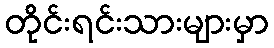
တိုင်းရင်းသားများမှာ